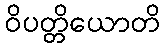
ဝိပတ္တိယောတိ